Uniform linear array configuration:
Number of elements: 12
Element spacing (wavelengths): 1
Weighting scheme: kaiser
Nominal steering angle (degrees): -15
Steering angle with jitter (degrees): -15.147
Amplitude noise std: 0.05
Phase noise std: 0.05

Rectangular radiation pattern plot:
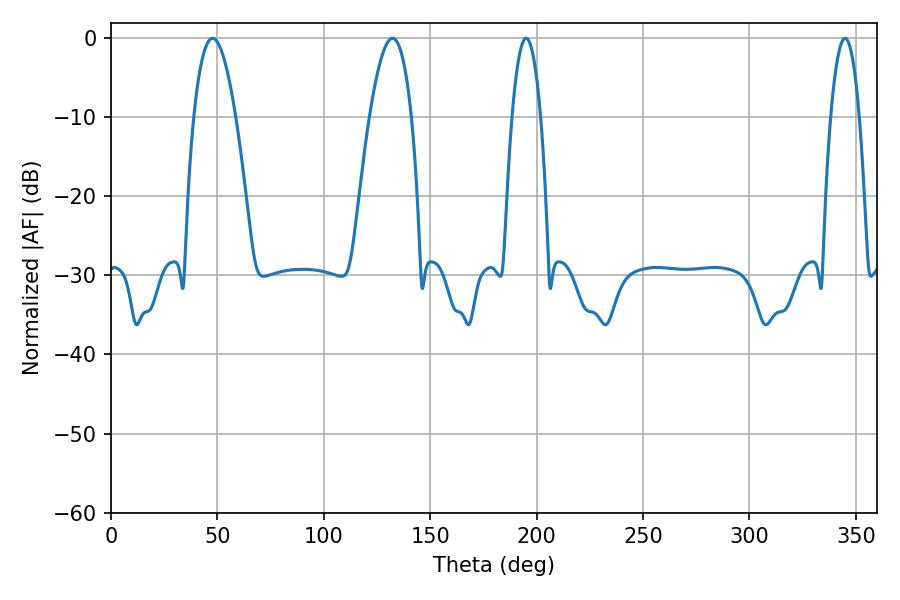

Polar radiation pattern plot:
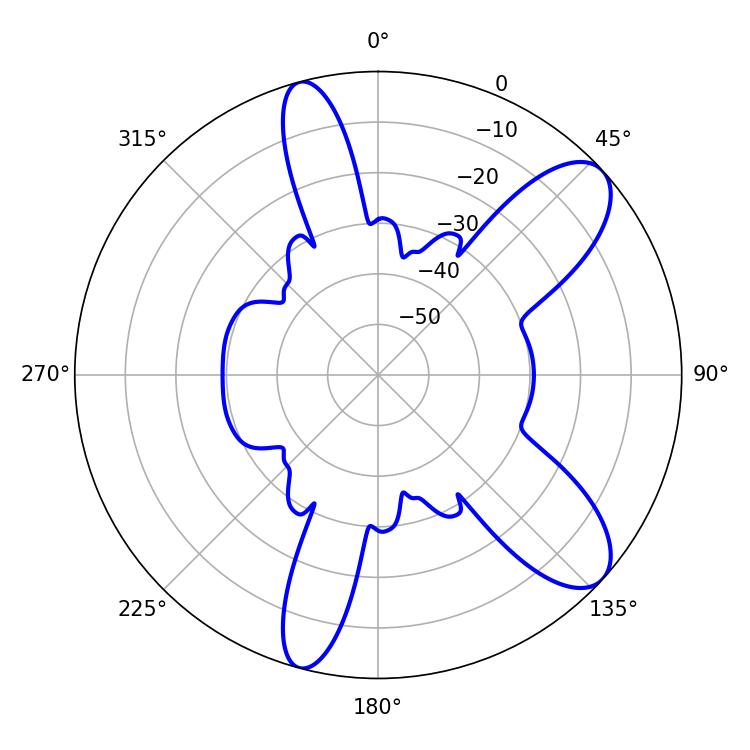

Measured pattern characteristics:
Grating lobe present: TRUE
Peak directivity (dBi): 9.406
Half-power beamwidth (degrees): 10.8
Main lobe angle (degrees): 47.7